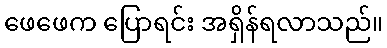
ဖေဖေက ပြောရင်း အရှိန်ရလာသည်။